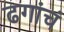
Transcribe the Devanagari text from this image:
ढगांचं